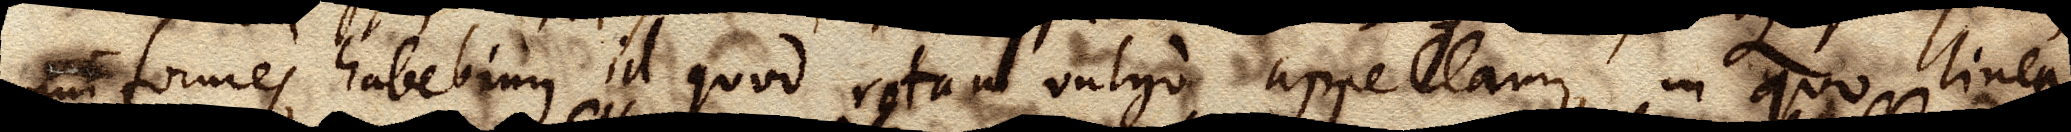
uniformes habebimus id quod rotam vulgo appellamus, in quo linea